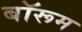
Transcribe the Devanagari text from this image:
बॉरूम